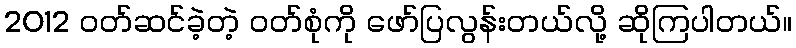
2012 ဝတ်ဆင်ခဲ့တဲ့ ဝတ်စုံကို ဖော်ပြလွန်းတယ်လို့ ဆိုကြပါတယ်။